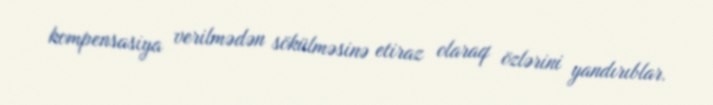
kompensasiya verilmədən sökülməsinə etiraz olaraq özlərini yandırıblar.